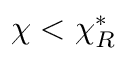
\chi < \chi _ { R } ^ { * }